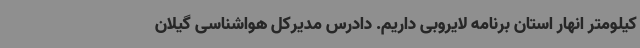
کیلومتر انهار استان برنامه لایروبی داریم. دادرس مدیرکل هواشناسی گیلان